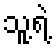
သူ့ရဲ့